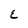
Character: E